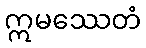
ဣမဿေတံ